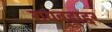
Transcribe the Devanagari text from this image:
रायबहाद्दर